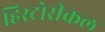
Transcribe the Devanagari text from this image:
हिस्टोरीकल